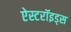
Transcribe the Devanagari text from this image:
ऐस्टरॉइड्स